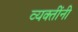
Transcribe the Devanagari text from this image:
व्‍यक्‍तींनी